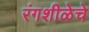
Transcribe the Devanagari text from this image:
रंगशीळेचे